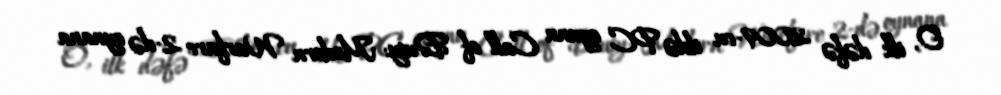
O, ilk dəfə 2009-cu ildə PC oyunu Call of Duty: Modern Warfare 2-də oynana